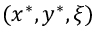
( x ^ { * } , y ^ { * } , \xi )